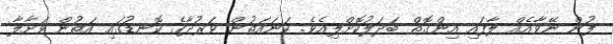
ފުން ނޭވާއެއް ލާފައި އިންގޮތް ބަދަލުކޮށްލިއެވެ. ކަނައަތުން ވަރުދާގެ ކޮނޑުގައި އަތުން ވަށާލާ